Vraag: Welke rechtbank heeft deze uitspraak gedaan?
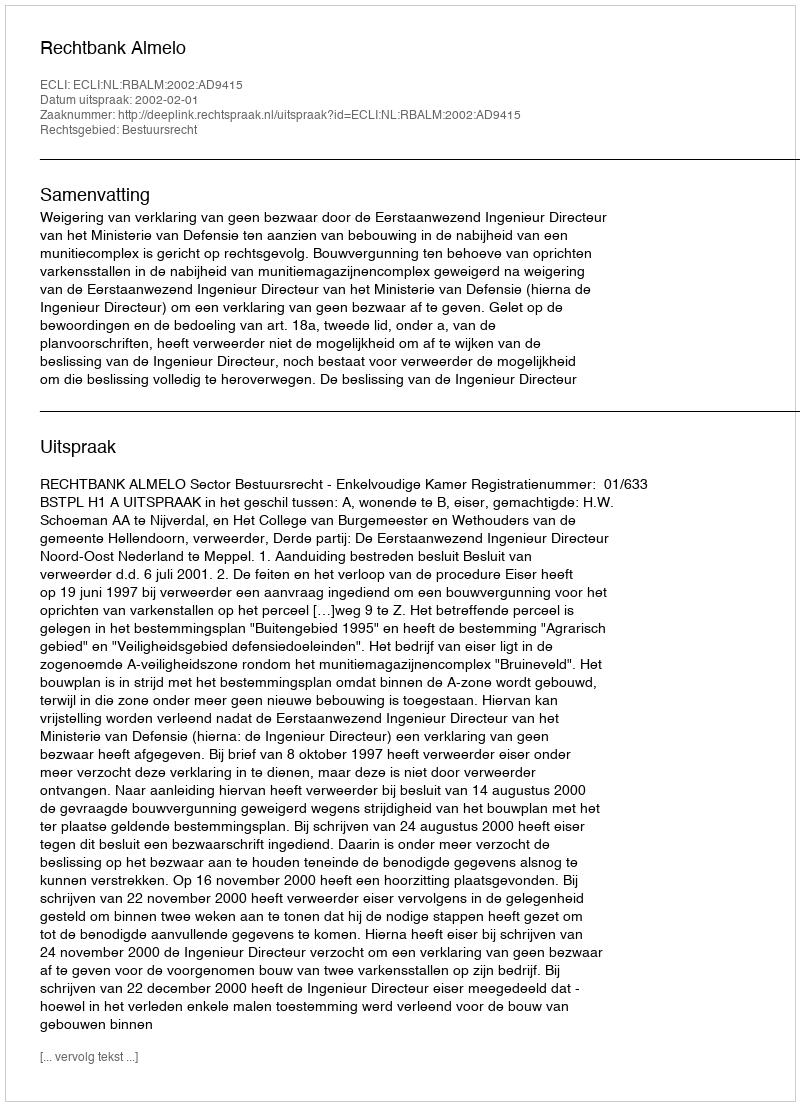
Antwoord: Rechtbank Almelo